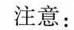
注意：